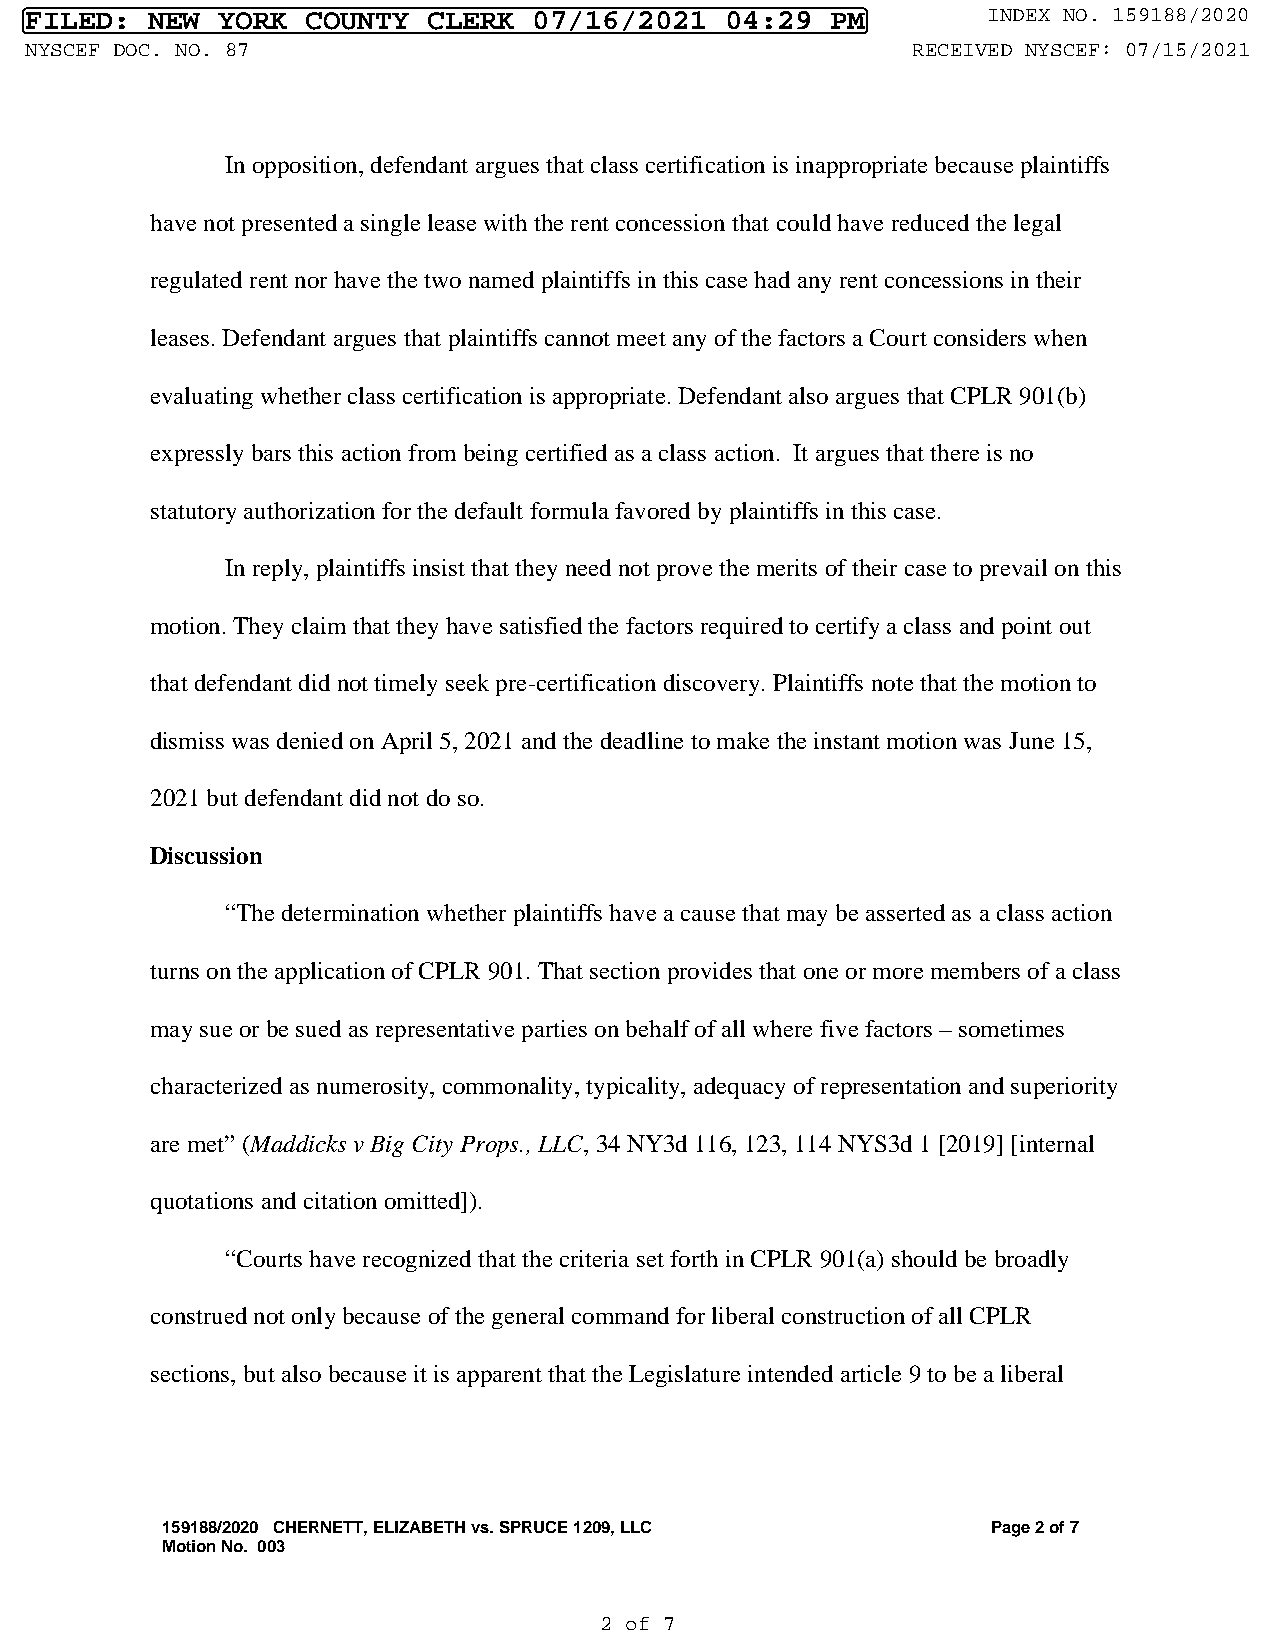
FILED:  NEW YORK  COUNTY  CLERK  07/16/2021   04:29  PM        INDEX NO. 159188/2020
 NYSCEF DOC. NO. 87                                        RECEIVED NYSCEF: 07/15/2021
 In opposition, defendant argues that class certification is inappropriate because plaintiffs
 have not presented a single lease with the rent concession that could have reduced the legal
 regulated rent nor have the two named plaintiffs in this case had any rent concessions in their
 leases. Defendant argues that plaintiffs cannot meet any of the factors a Court considers when
 evaluating whether class certification is appropriate. Defendant also argues that CPLR 901(b)
 expressly bars this action from being certified as a class action. It argues that there is no
 statutory authorization for the default formula favored by plaintiffs in this case.
 In reply, plaintiffs insist that they need not prove the merits of their case to prevail on this
 motion. They claim that they have satisfied the factors required to certify a class and point out
 that defendant did not timely seek pre-certification discovery. Plaintiffs note that the motion to
 dismiss was denied on April 5, 2021 and the deadline to make the instant motion was June 15,
 2021 but defendant did not do so.
 Discussion
 “The determination whether plaintiffs have a cause that may be asserted as a class action
 turns on the application of CPLR 901. That section provides that one or more members of a class
 may sue or be sued as representative parties on behalf of all where five factors – sometimes
 characterized as numerosity, commonality, typicality, adequacy of representation and superiority
 are met” (Maddicks v Big City Props., LLC, 34 NY3d 116, 123, 114 NYS3d 1 [2019] [internal
 quotations and citation omitted]).
 “Courts have recognized that the criteria set forth in CPLR 901(a) should be broadly
 construed not only because of the general command for liberal construction of all CPLR
 sections, but also because it is apparent that the Legislature intended article 9 to be a liberal
 159188/2020 CHERNETT, ELIZABETH vs. SPRUCE 1209, LLC   Page 2 of 7
 Motion No. 003
 2 of 7